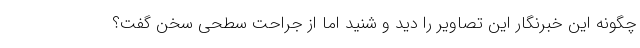
چگونه این خبرنگار این تصاویر را دید و شنید اما از جراحت سطحی سخن گفت؟